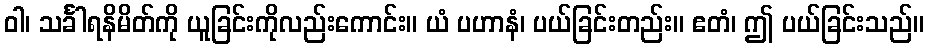
ဝါ၊ သင်္ခါရနိမိတ်ကို ယူခြင်းကိုလည်းကောင်း။ ယံ ပဟာနံ၊ ပယ်ခြင်းတည်း။ ဧတံ၊ ဤ ပယ်ခြင်းသည်။